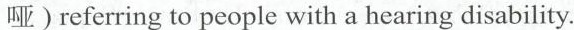
哑)referring to people with a hearing disabilty